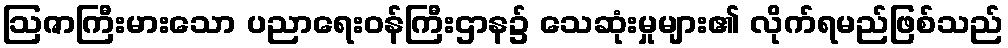
ဩဇာကြီးမားသော ပညာရေးဝန်ကြီးဌာန၌ သေဆုံးမှုများ၏ လိုက်ရမည်ဖြစ်သည်